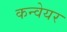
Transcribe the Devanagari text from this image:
कन्‍वेयर